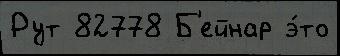
Рут 82778 Б'ейнар э́то